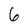
Character: 6